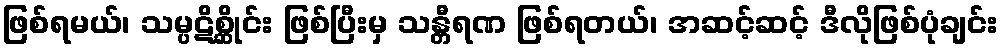
ဖြစ်ရမယ်၊ သမ္ပဋိစ္ဆိုင်း ဖြစ်ပြီးမှ သန္တီရဏ ဖြစ်ရတယ်၊ အဆင့်ဆင့် ဒီလိုဖြစ်ပုံချင်း